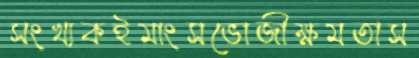
সংখ্যকইমাংসভোজীক্ষমতাস